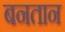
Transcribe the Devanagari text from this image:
बनतान